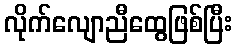
လိုက်လျောညီထွေဖြစ်ပြီး